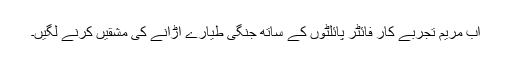
اب مریم تجربے کار فائٹر پائلٹوں کے ساتھ جنگی طیارے اڑانے کی مشقیں کرنے لگیں۔